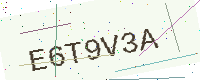
Text: E6T9V3A